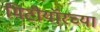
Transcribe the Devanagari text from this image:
मिटीयॉरच्या